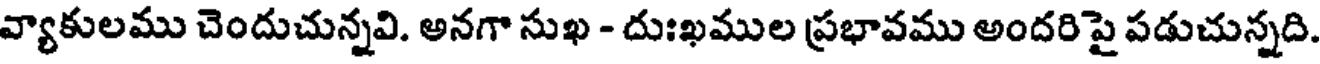
వ్యాకులము చెందుచున్నవి. అనగా సుఖ - దుఃఖముల ప్రభావము అందరిపై పడుచున్నది.